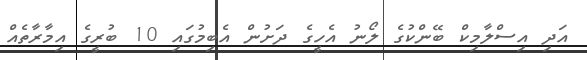
އަދި އިސްލާމިކް ބޭންކުގެ ލޯނު އެހީގެ ދަށުން އެބިމުގައި 10 ބުރީގެ އިމާރާތެއް